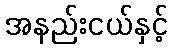
အနည်းငယ်နှင့်